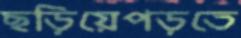
ছড়িয়েপড়তে